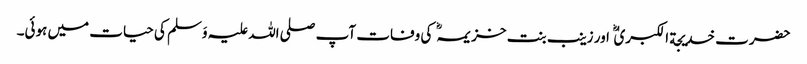
حضرت خدیجة الکبریٰ اور زینب بنت خزیمہ کی وفات آپ صلی اللہ علیہ وَسلم کی حیات میں ہوئی۔